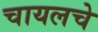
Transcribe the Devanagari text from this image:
चायलचे